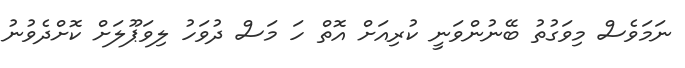
ނަމަވެސް މިވަގުތު ބޭނުންވަނީ ކުރިއަށް އޮތް ހަ މަސް ދުވަހު ލިވަޕޫލަށް ކޮށްދެވުނު